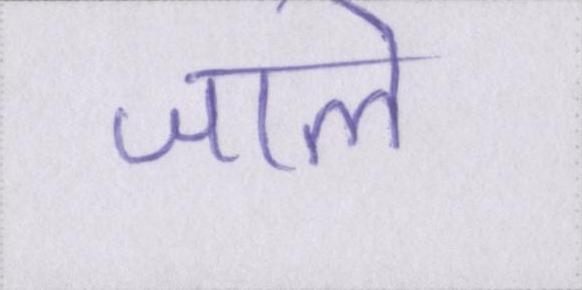
जाले